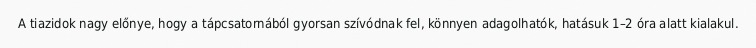
A tiazidok nagy előnye, hogy a tápcsatornából gyorsan szívódnak fel, könnyen adagolhatók, hatásuk 1–2 óra alatt kialakul.